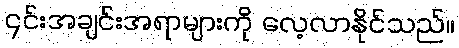
၎င်းအချင်းအရာများကို လေ့လာနိုင်သည်။